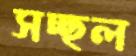
সচ্ছল